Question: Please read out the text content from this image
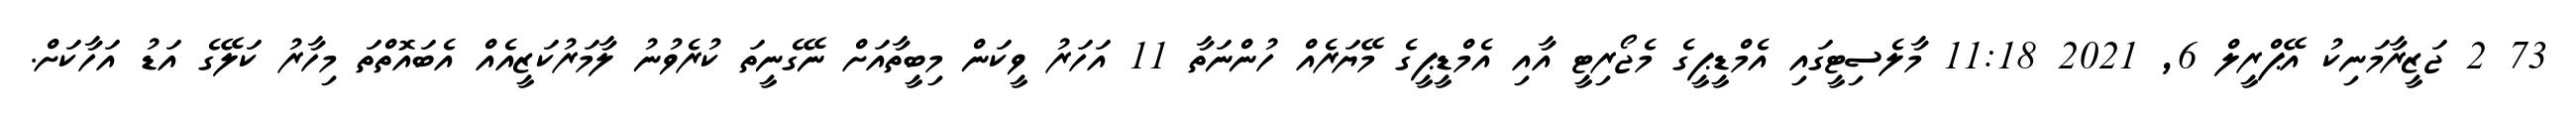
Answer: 73 2 ޖަޒީރާމަނިކު އޭޕްރީލް 6, 2021 11:18 މާލެސިޓީގައި އެމްޑީޕީގެ މެޖޯރިޓީ އާއި އެމްޑީޕީގެ މޭޔަރެއް ހުންނަތާ 11 އަހަރު ވީކަން މިބީތާއަށް ނޭގެނީތަ ކުރެވުނު ލާމަރުކަޒީއެއް އެބައޮތްތަ މިހާރު ކަލޭގެ އަޑު އަހާކަށް.